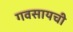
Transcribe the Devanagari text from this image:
गवसायची